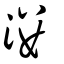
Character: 漊